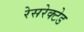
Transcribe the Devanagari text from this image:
रेसरेक्टेड